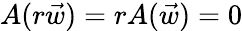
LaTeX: A(r\vec{w})=rA(\vec{w})=0